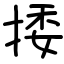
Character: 捼